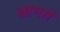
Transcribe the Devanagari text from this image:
आगतं